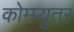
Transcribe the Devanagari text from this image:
कोम्प्युतर